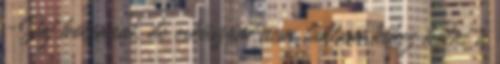
-Jaj bocsánat, de esküszöm nem tudtam kihez kötni a